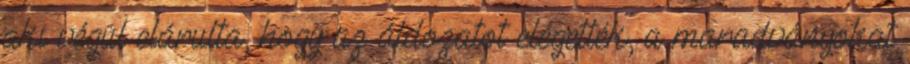
aki végül elárulta, hogy az áldozatot elégették, a maradványokat